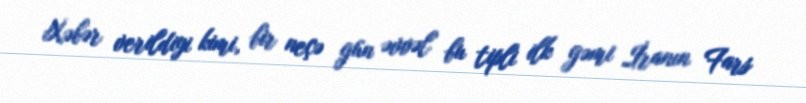
Xəbər verildiyi kimi, bir neçə gün əvvəl bu tipli ilk gəmi İranın Fars